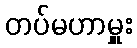
တပ်မဟာမှူး